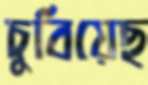
চুবিয়েছ